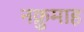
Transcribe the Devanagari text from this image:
नक्रुमाह